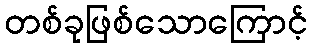
တစ်ခုဖြစ်သောကြောင့်